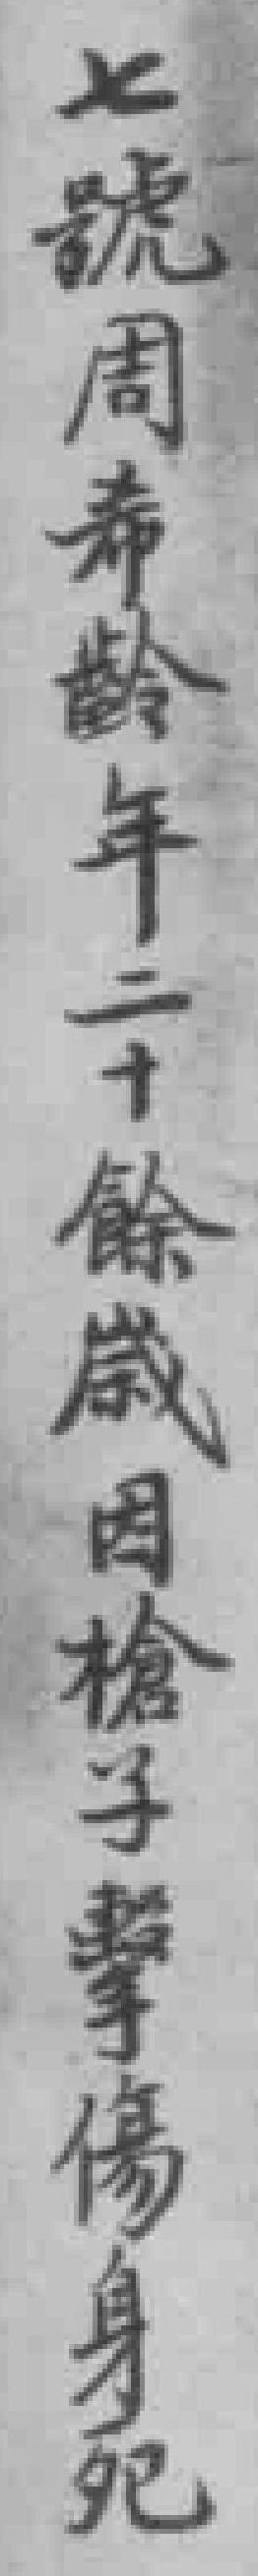
七號周希齡年二十餘歲因槍子擊傷身死